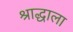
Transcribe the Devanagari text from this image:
श्राद्धाला